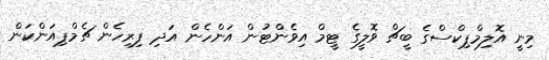
މިނީ އޮލިމްޕިކްސްގެ ބީޗް ވޮލީގެ ޓީމް އިވެންޓުން އަންހެން އަދި ފިރިހެން ޗެމްޕިއަންކަން